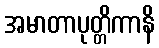
အမာတာပုတ္တိကာနိ